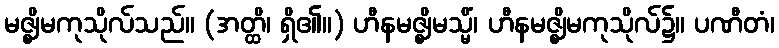
မဇ္ဈိမကုသိုလ်သည်။ (အတ္ထိ၊ ရှိ၏။) ဟီနမဇ္ဈိမသ္မိံ၊ ဟီနမဇ္ဈိမကုသိုလ်၌။ ပဏီတံ၊